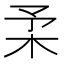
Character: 𣏗